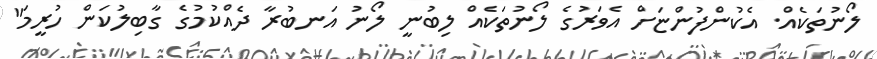
ލޯނުތަކެއް. އެކުންފުންޏަށް އެވަރުގެ ލޯނުތަކެއް ލިބުނީ ލޯނު އަނބުރާ ދެއްކުމުގެ ގާބިލުކަން ހުރީމަ"